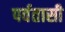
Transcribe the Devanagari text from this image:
पर्वतासी